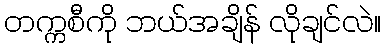
တက္ကစီကို ဘယ်အချိန် လိုချင်လဲ။